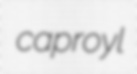
caproyl